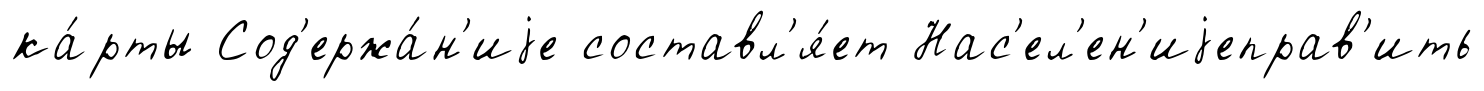
ка́рты Сод'ержа́н'иjе составл'я́ет Нас'ел'ен'иjеправ'ить